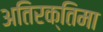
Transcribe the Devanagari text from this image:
अतिरक्तिमा